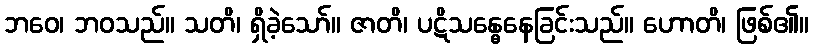
ဘဝေ၊ ဘဝသည်။ သတိ၊ ရှိခဲ့သော်။ ဇာတိ၊ ပဋိသန္ဓေနေခြင်းသည်။ ဟောတိ၊ ဖြစ်၏။